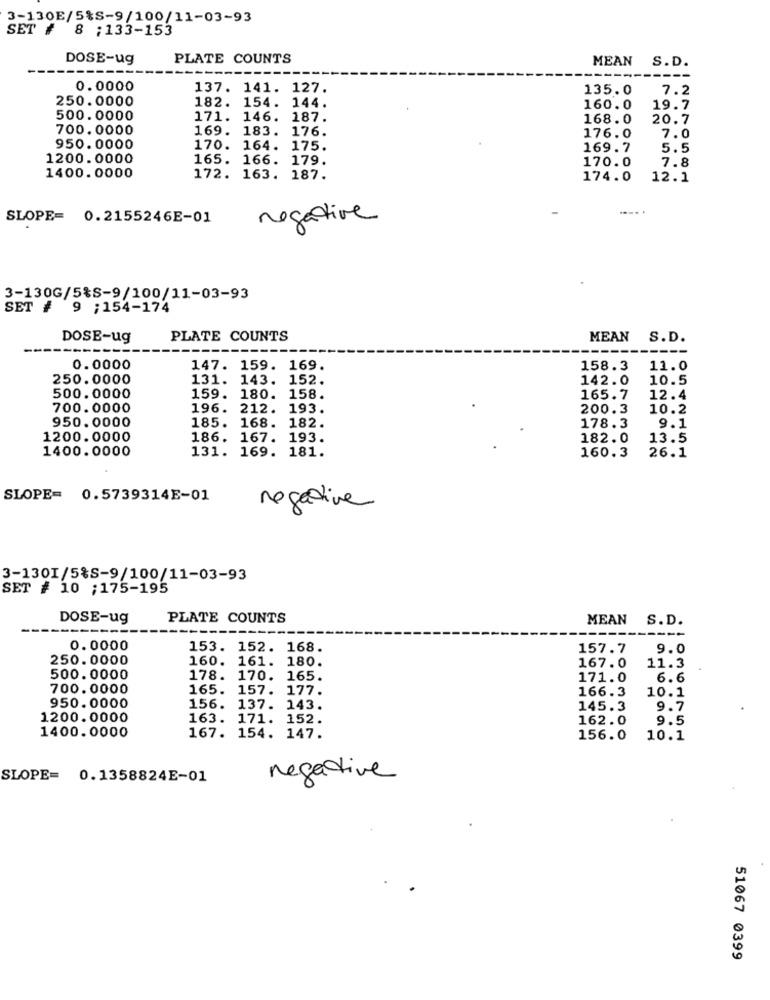
3-130E/5%S-9/100/11-03-93
SET # 8 :133-153
DOSE-ug
PLATE COUNTS
MEAN S.D.
0.0000
137. 141. 127.
135.0
7.2
250.0000
182.
154. 144.
160.0
19.7
500.0000
171. 146. 187.
168.0
20.7
700.0000
169. 183. 176.
176.0
7.0
950.0000
170. 164. 175.
169.7
5.5
1200.0000
165. 166. 179.
170.0
7.8
1400.0000
172. 163. 187.
174.0
12.1
SLOPE= 0.2155246E-01
negative
3-130G/5%S-9/100/11-03-93
SET #
9 ; 154-174
DOSE-ug
PLATE COUNTS
MEAN S.D.
0.0000
147. 159. 169.
158.3
11.0
250.0000
131. 143. 152.
142.0
10.5
500.0000
159. 180. 158.
165.7
12.4
700.0000
196. 212. 193.
200.3
10.2
950.0000
185. 168. 182.
178.3
9.1
1200.0000
186. 167. 193.
182.0
13.5
1400.0000
131. 169. 181.
160.3
26.1
SLOPE= 0.5739314E-01
negative
3-1301/5%S-9/100/11-03-93
SET # 10 ;175-195
DOSE-ug
PLATE COUNTS
MEAN S.D.
0.0000
153. 152. 168.
157.7
9.0
250.0000
160. 161. 180.
167.0
11.3
500.0000
178. 170. 165.
171.0
6.6
700.0000
165. 157. 177.
166.3
10.1
950.0000
156. 137. 143.
145.3
9.7
1200.0000
163. 171. 152.
162.0
9.5
1400.0000
167. 154. 147.
156.0
10.1
SLOPE= 0.1358824E-01
negative
51067 0399